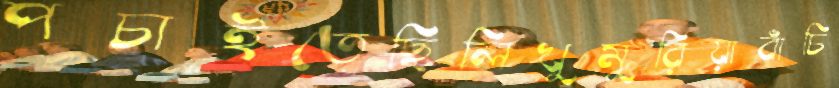
পচাইতেছিলিখুমুরিয়াবাঁচি